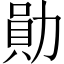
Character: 勛